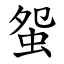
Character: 䖤